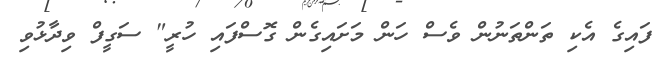
ފައިގެ އެކި ތަންތަނުން ވެސް ހަން މަށައިގެން ގޮސްފައި ހުރީ" ސަގީފް ވިދާޅުވި